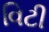
વિટી